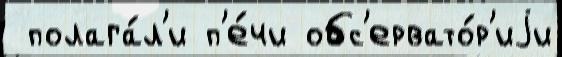
 полага́л'и п'е́чи обс'ервато́р'иjи